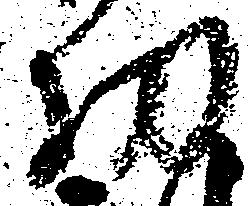
功